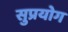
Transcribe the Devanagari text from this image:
सुप्रयोग